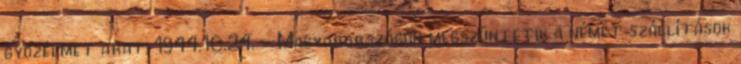
gyõzelmet arat. 1944.10.24. - Magyarországon megszüntetik a német szállítások